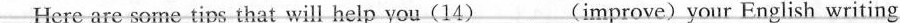
Here are some tips that will help you(14)___(improve) your English writing